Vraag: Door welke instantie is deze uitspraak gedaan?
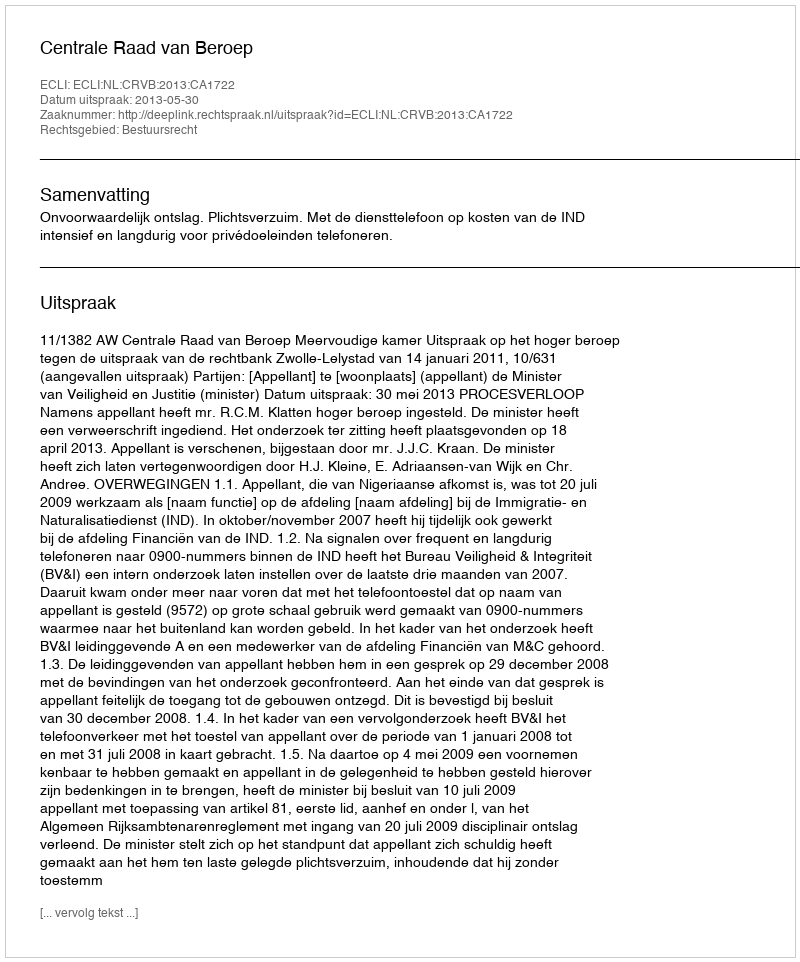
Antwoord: Centrale Raad van Beroep